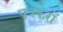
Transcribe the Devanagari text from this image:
पत्रकरों